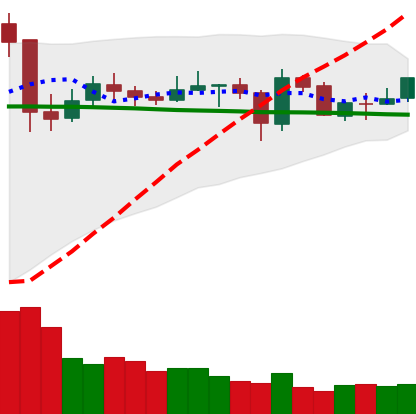
Ticker: NEO-USD
Chart end date: 2020-05-28
Forward return: 16.367%
Label: up_7plus